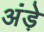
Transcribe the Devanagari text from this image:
अंड़े